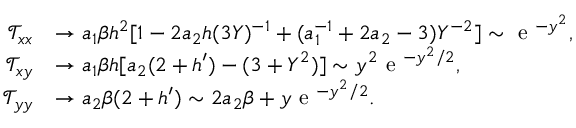
\begin{array} { r l } { \mathcal { T } _ { x x } } & { \to a _ { 1 } \beta h ^ { 2 } [ 1 - 2 a _ { 2 } h ( 3 Y ) ^ { - 1 } + ( a _ { 1 } ^ { - 1 } + 2 a _ { 2 } - 3 ) Y ^ { - 2 } ] \sim \textrm { e } ^ { - y ^ { 2 } } , } \\ { \mathcal { T } _ { x y } } & { \to a _ { 1 } \beta h [ a _ { 2 } ( 2 + h ^ { \prime } ) - ( 3 + Y ^ { 2 } ) ] \sim y ^ { 2 } \textrm { e } ^ { - y ^ { 2 } / 2 } , } \\ { \mathcal { T } _ { y y } } & { \to a _ { 2 } \beta ( 2 + h ^ { \prime } ) \sim 2 a _ { 2 } \beta + y \textrm { e } ^ { - y ^ { 2 } / 2 } . } \end{array}